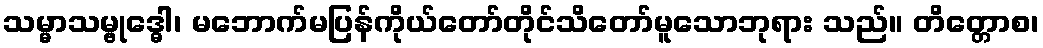
သမ္မာသမ္ဗုဒ္ဓေါ၊ မဘောက်မပြန်ကိုယ်တော်တိုင်သိတော်မူသောဘုရား သည်။ တိတ္တောစ၊